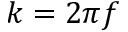
k = 2 \pi f